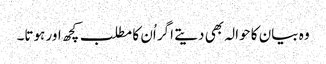
وہ بیان کا حوالہ بھی دیتے اگر اُن کا مطلب کچھ اور ہوتا۔